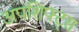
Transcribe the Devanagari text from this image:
अपशिफ्ट्स